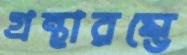
গ্রন্থারম্ভে